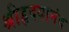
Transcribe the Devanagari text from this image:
श्रीहृदयानंद